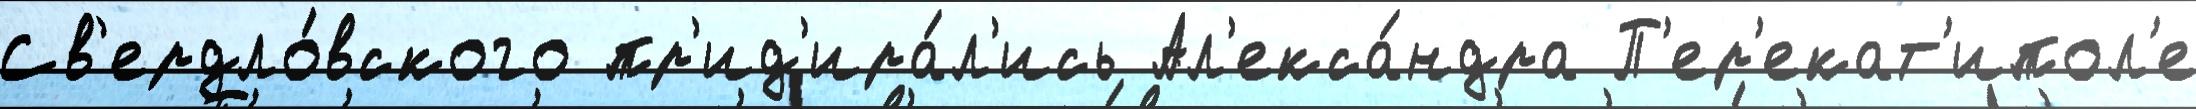
Св'ердло́вского пр'ид'ира́л'ись Ал'екса́ндра П'ер'екат'ипол'е